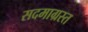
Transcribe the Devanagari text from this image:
सदमाग्रस्त